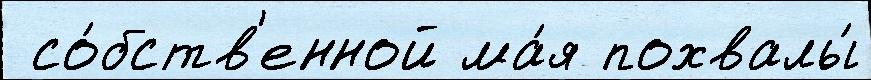
 со́бств'енной ма́я похвалы́